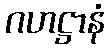
ဂဟဋ္ဌာနံ